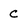
Character: C